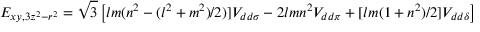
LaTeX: E _ { x y , 3 z ^ { 2 } - r ^ { 2 } } = { \sqrt { 3 } } \left[ l m ( n ^ { 2 } - ( l ^ { 2 } + m ^ { 2 } ) / 2 ) ] V _ { d d \sigma } - 2 l m n ^ { 2 } V _ { d d \pi } + [ l m ( 1 + n ^ { 2 } ) / 2 ] V _ { d d \delta } \right]